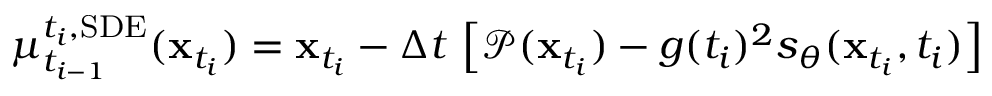
\begin{array} { r } { \mu _ { t _ { i - 1 } } ^ { t _ { i } , \mathrm { S D E } } ( \mathbf { x } _ { t _ { i } } ) = \mathbf { x } _ { t _ { i } } - \Delta t \, \left[ \mathcal { P } ( \mathbf { x } _ { t _ { i } } ) - g ( t _ { i } ) ^ { 2 } s _ { \theta } ( \mathbf { x } _ { t _ { i } } , t _ { i } ) \right] } \end{array}